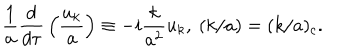
LaTeX: { \frac { 1 } { a } } { \frac { d } { d \tau } } \left( { \frac { u _ { k } } { a } } \right) \equiv - i { \frac { k } { a ^ { 2 } } } u _ { k } , \ ( k / a ) = ( k / a ) _ { c } .